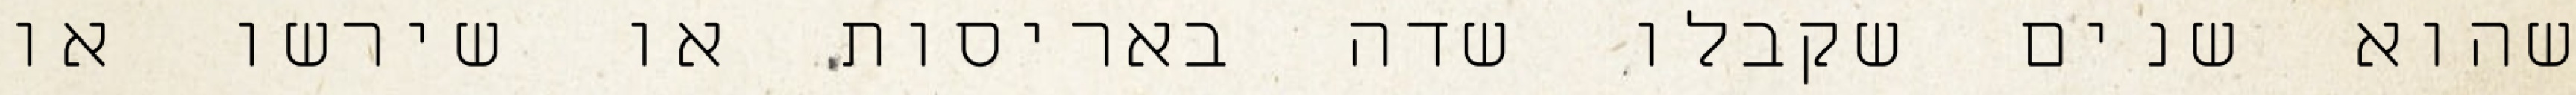
שהוא שנים שקבלו שדה באריסות או שירשו או